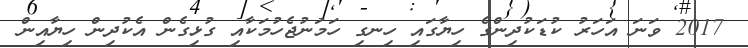
2017 ވަނަ އަހަރު ކުޑަކުދިންގެ ހިޔާގައި ހިނގި ހަމަނުޖެހުމަކާއި ގުޅިގެން އެކުދިން ހިޔާއިން